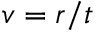
v = r / t